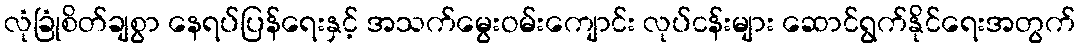
လုံခြုံစိတ်ချစွာ နေရပ်ပြန်ရေးနှင့် အသက်မွေးဝမ်းကျောင်း လုပ်ငန်းများ ဆောင်ရွက်နိုင်ရေးအတွက်